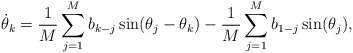
\begin{align*}\dot\theta_k = \frac 1M \sum_{j=1}^M b_{k-j} \sin(\theta_j-\theta_k)-\frac 1M \sum_{j=1}^M b_{1-j} \sin(\theta_j),\end{align*}